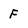
Character: F